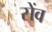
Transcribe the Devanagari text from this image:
सेंव